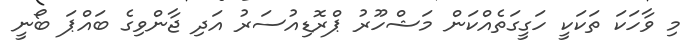
މި ވާހަކަ ތަކަކީ ހަގީގަތެއްކަން މަޝްހޫރު ޕްރޮޑިއުސަރު އަދި ޖާންވިގެ ބައްޕަ ބޯނީ